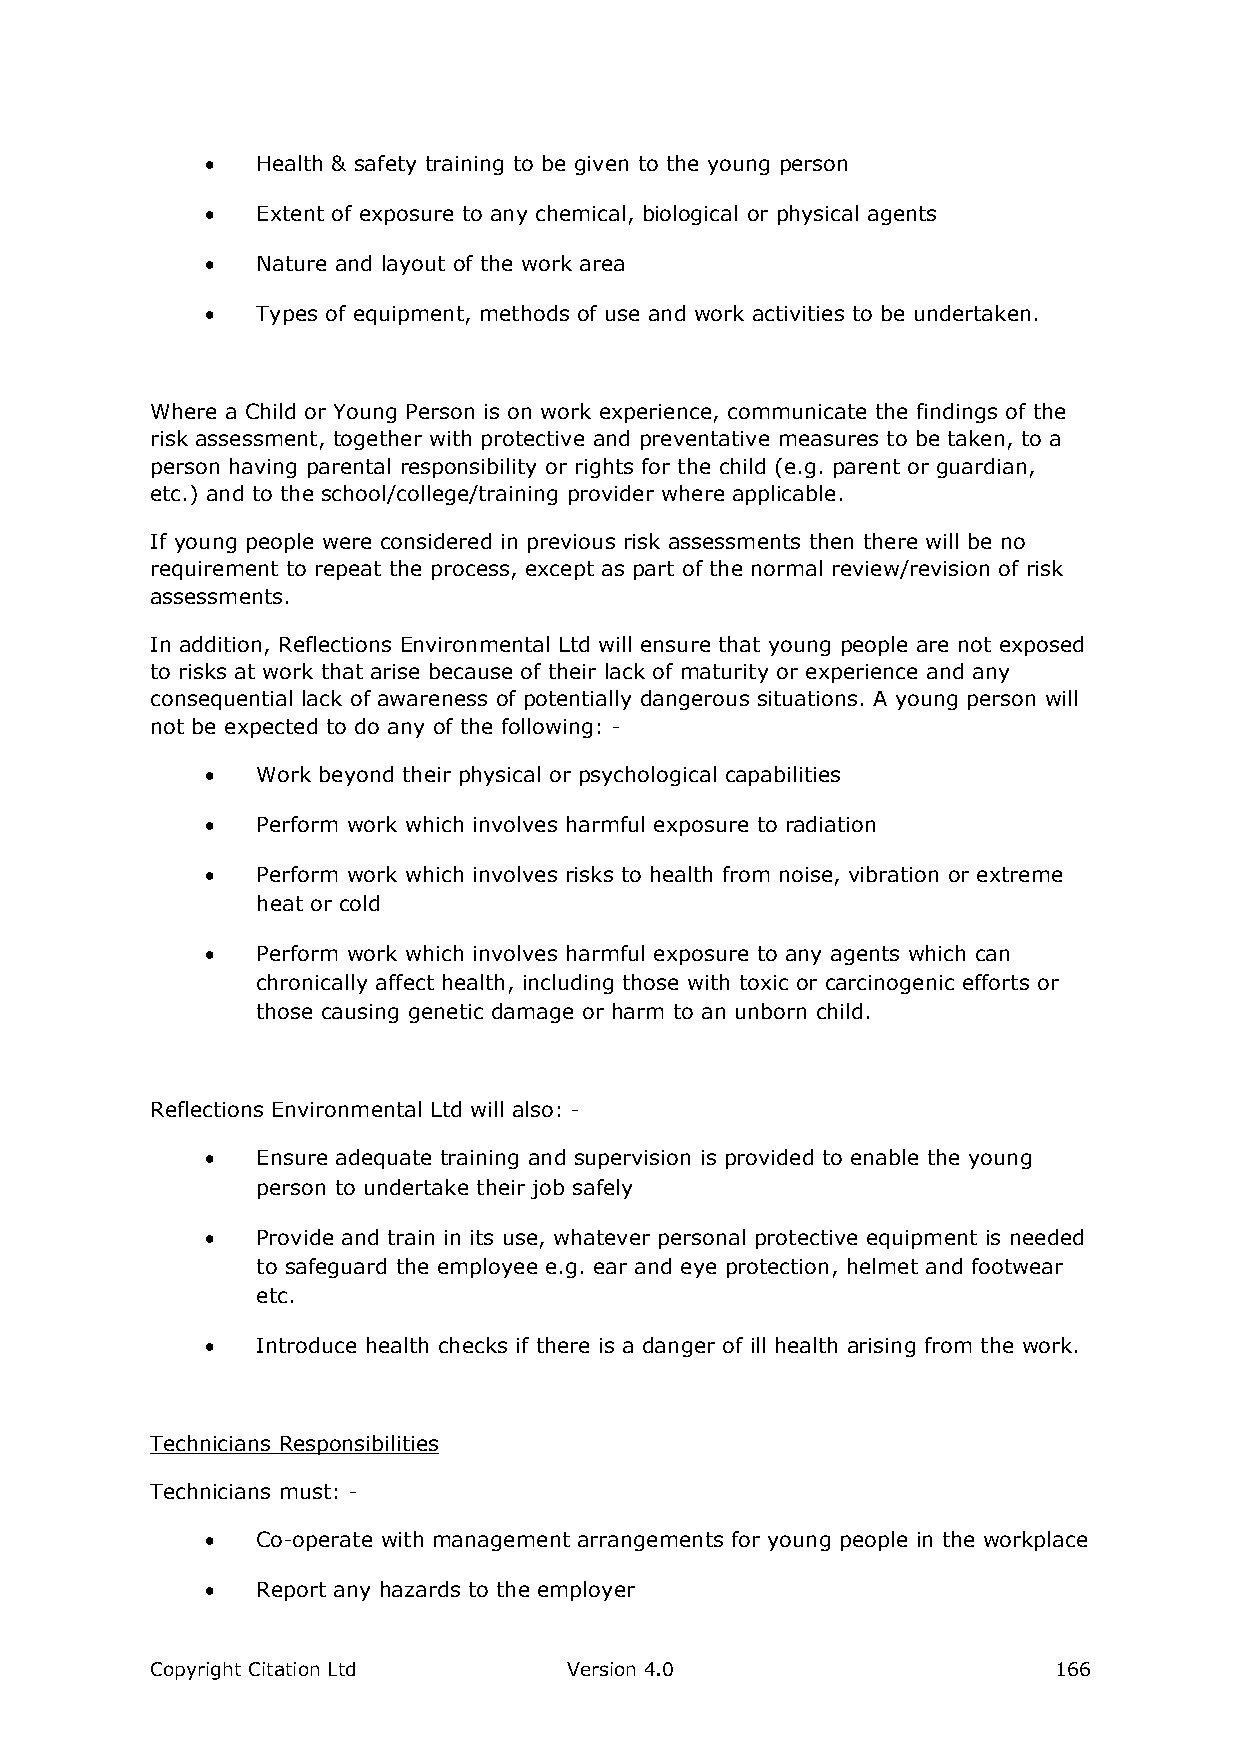
  Health & safety training to be given to the young person
   Extent of exposure to any chemical, biological or physical agents
   Nature and layout of the work area
   Types of equipment, methods of use and work activities to be undertaken.
 Where a Child or Young Person is on work experience, communicate the findings of the
 risk assessment, together with protective and preventative measures to be taken, to a
 person having parental responsibility or rights for the child (e.g. parent or guardian,
 etc.) and to the school/college/training provider where applicable.
 If young people were considered in previous risk assessments then there will be no
 requirement to repeat the process, except as part of the normal review/revision of risk
 assessments.
 In addition, Reflections Environmental Ltd will ensure that young people are not exposed
 to risks at work that arise because of their lack of maturity or experience and any
 consequential lack of awareness of potentially dangerous situations. A young person will
 not be expected to do any of the following: -
   Work beyond their physical or psychological capabilities
   Perform work which involves harmful exposure to radiation
   Perform work which involves risks to health from noise, vibration or extreme
 heat or cold
   Perform work which involves harmful exposure to any agents which can
 chronically affect health, including those with toxic or carcinogenic efforts or
 those causing genetic damage or harm to an unborn child.
 Reflections Environmental Ltd will also: -
   Ensure adequate training and supervision is provided to enable the young
 person to undertake their job safely
   Provide and train in its use, whatever personal protective equipment is needed
 to safeguard the employee e.g. ear and eye protection, helmet and footwear
 etc.
   Introduce health checks if there is a danger of ill health arising from the work.
 Technicians Responsibilities
 Technicians must: -
   Co-operate with management arrangements for young people in the workplace
   Report any hazards to the employer
 Copyright Citation Ltd      Version 4.0                     166